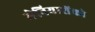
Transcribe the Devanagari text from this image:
मेनियाशेंको